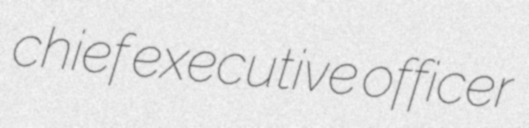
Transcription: chief executive officer